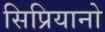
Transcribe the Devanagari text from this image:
सिप्रियानो